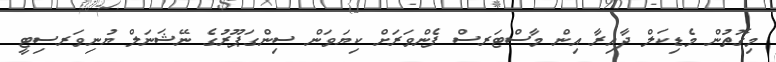
މިގޮތުން މެޑިކަލް ދާއިރާ އިން މާސްޓަރސް ފެންވަރަށް ކިޔަވަން ސިންގަޕޫރުގެ ނޭޝަނަލް ޔުނިވަރސިޓީ